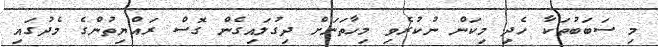
މި ސަބަބުތަކާ ހެދި މިކަން ނުކުރެވި މިހާތަނަށް ދިގުލައިގެން ގޮސް ރައްޔިތުންގެ މެދުގައި